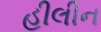
હીલીન